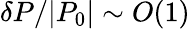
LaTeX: \delta P/|P_{0}|\sim O(1)